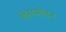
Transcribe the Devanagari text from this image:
विनयमोहन